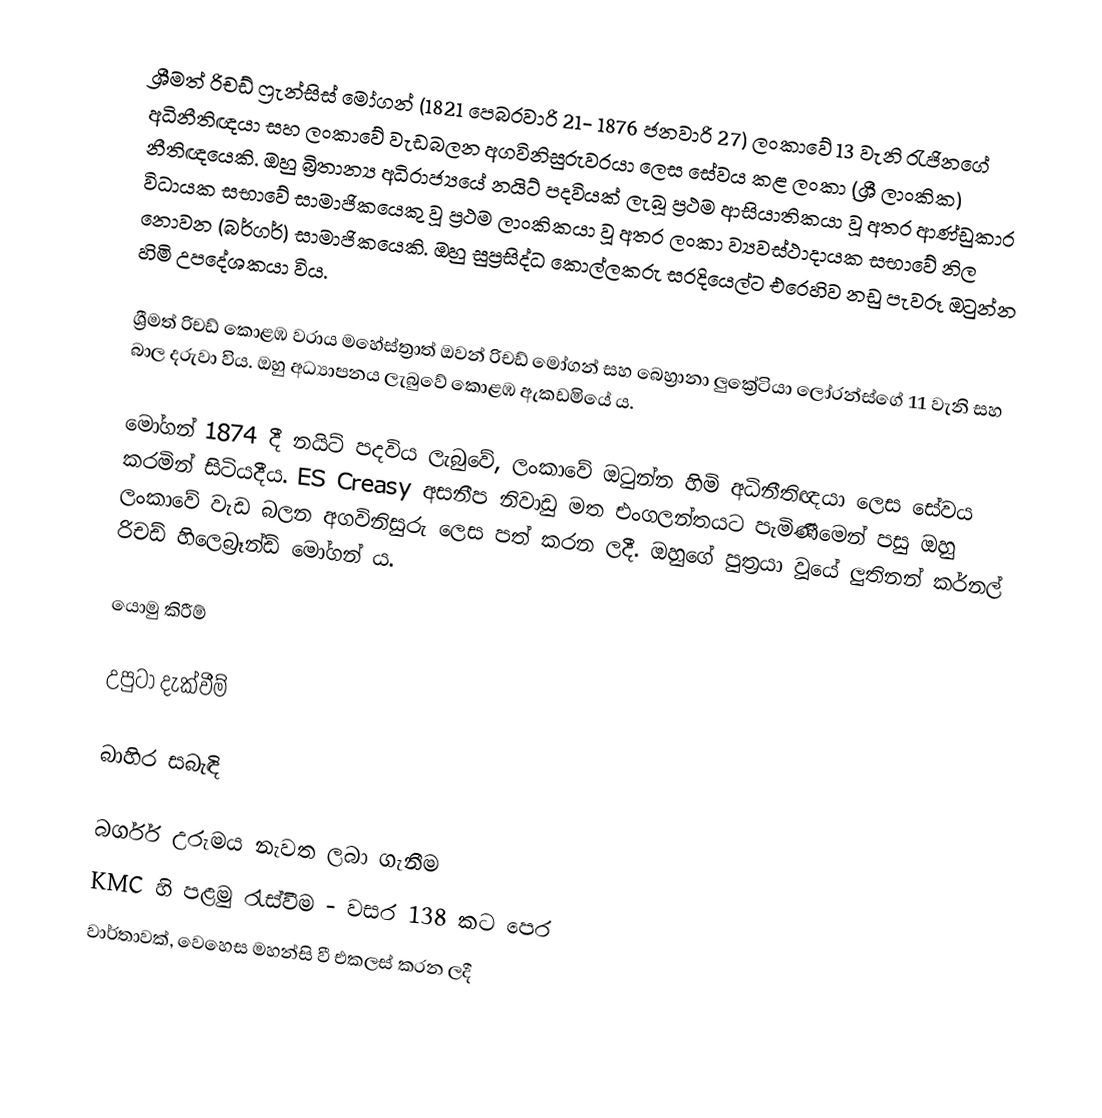
ශ්‍රීමත් රිචඩ් ෆ්‍රැන්සිස් මෝගන් (1821 පෙබරවාරි 21- 1876 ජනවාරි 27)  ලංකාවේ 13 වැනි රැජිනගේ අධිනීතිඥයා සහ ලංකාවේ වැඩබලන අගවිනිසුරුවරයා ලෙස සේවය කළ ලංකා (ශ්‍රී ලාංකික) නීතිඥයෙකි. ඔහු බ්‍රිතාන්‍ය අධිරාජ්‍යයේ නයිට් පදවියක් ලැබූ ප්‍රථම ආසියාතිකයා වූ අතර ආණ්ඩුකාර විධායක සභාවේ සාමාජිකයෙකු වූ ප්‍රථම ලාංකිකයා වූ අතර ලංකා ව්‍යවස්ථාදායක සභාවේ නිල නොවන (බර්ගර්) සාමාජිකයෙකි. ඔහු සුප්‍රසිද්ධ කොල්ලකරු සරදියෙල්ට එරෙහිව නඩු පැවරූ ඔටුන්න හිමි උපදේශකයා විය.

ශ්‍රීමත් රිචඩ් කොළඹ වරාය මහේස්ත්‍රාත් ඔවන් රිචඩ් මෝගන් සහ බෙහ්‍රානා ලුක්‍රේටියා ලෝරන්ස්ගේ 11 වැනි සහ බාල දරුවා විය. ඔහු අධ්‍යාපනය ලැබුවේ කොළඹ ඇකඩමියේ ය.

මෝගන් 1874 දී නයිට් පදවිය ලැබුවේ, ලංකාවේ ඔටුන්න හිමි අධිනීතිඥයා ලෙස සේවය කරමින් සිටියදීය.  ES Creasy අසනීප නිවාඩු මත එංගලන්තයට පැමිණීමෙන් පසු ඔහු ලංකාවේ වැඩ බලන අගවිනිසුරු ලෙස පත් කරන ලදී.  ඔහුගේ පුත්‍රයා වූයේ ලුතිනන් කර්නල් රිචඩ් හිලෙබ්‍රෑන්ඩ් මෝගන් ය.

යොමු කිරීම්

උපුටා දැක්වීම්

බාහිර සබැඳි

 බර්ගර් උරුමය නැවත ලබා ගැනීම
 KMC හි පළමු රැස්වීම - වසර 138 කට පෙර
 වාර්තාවක්, වෙහෙස මහන්සි වී එකලස් කරන ලදී